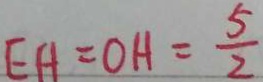
E A = O H = \frac { 5 } { 2 }